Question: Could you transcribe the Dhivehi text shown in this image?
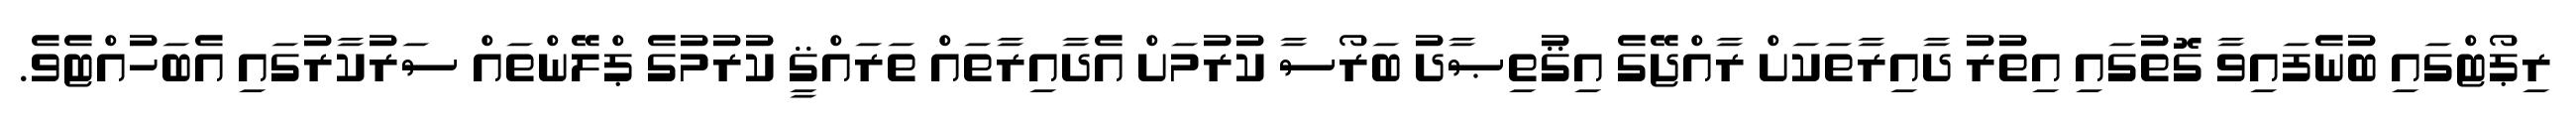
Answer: ރިޕޯޓްގައި ބުނެފައިވާ ގޮތުގައި އިތުރު ދާއިރާތަކަށް ރާއްޖޭގެ އިޤުތިޞާދު ބަރޯސާ ކުރުމަށް އެދާއިރާތައް ތަރައްޤީ ކުރުމުގެ ޕްލޭންތައް ސަރުކާރުގައި އެބަހުއްޓެވެ.